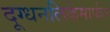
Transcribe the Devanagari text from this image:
दूग्धनलिकेमार्फत